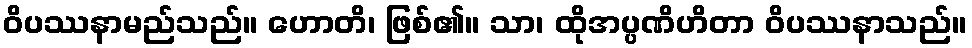
ဝိပဿနာမည်သည်။ ဟောတိ၊ ဖြစ်၏။ သာ၊ ထိုအပ္ပဏိဟိတာ ဝိပဿနာသည်။